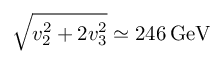
\sqrt { v _ { 2 } ^ { 2 } + 2 v _ { 3 } ^ { 2 } } \simeq 2 4 6 \, \mathrm { G e V }